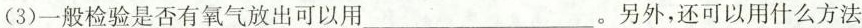
(3)一般检验是否有氧气放出可以用___。另外，还可以用什么方法